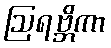
ဩရဗ္ဘိကာ